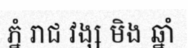
ភ្នំ រាជ វង្ស មិង ឆ្នាំ